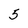
Character: 5